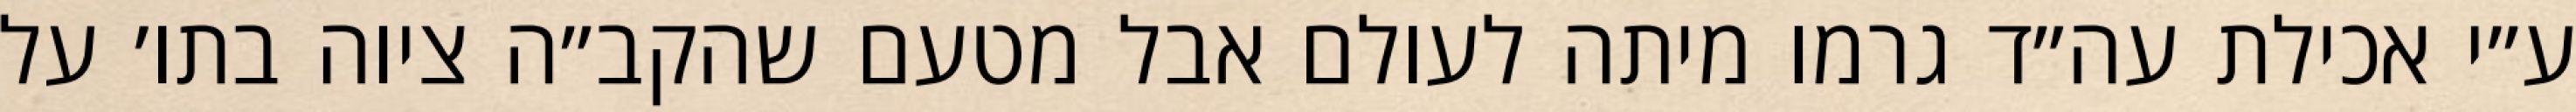
ע״י אכילת עה״ד גרמו מיתה לעולם אבל מטעם שהקב״ה ציוה בתו׳ על